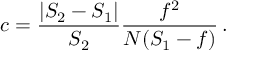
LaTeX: c = { \frac { | S _ { 2 } - S _ { 1 } | } { S _ { 2 } } } { \frac { f ^ { 2 } } { N ( S _ { 1 } - f ) } } \, .